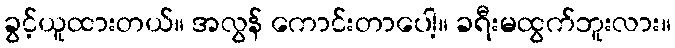
ခွင့်ယူထားတယ်။ အလွန် ကောင်းတာပေါ့။ ခရီးမထွက်ဘူးလား။